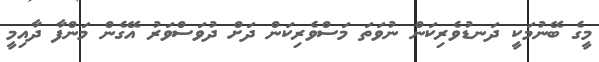
މީގެ ބޭނުމަކީ ދަނޑުވެރިކަން ނުވަތަ މަސްވެރިކަން ދަށް ދުވަސްވަރު އޭގެން މަންފާ ދާއިމީ